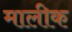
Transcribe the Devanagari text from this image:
मालीक